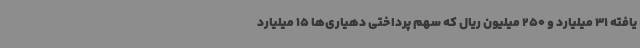
یافته 31 میلیارد و 250 میلیون ریال که سهم پرداختی دهیاری‌ها 15 میلیارد